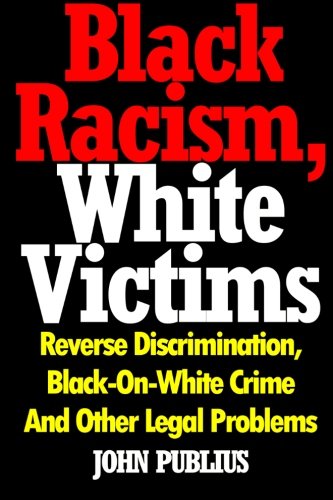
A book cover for Black Racism, White Victims: Reverse Discrimination,  Black-On-White Crime  And Other Legal Problems; John Publius; Law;